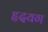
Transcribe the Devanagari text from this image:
हृदयग